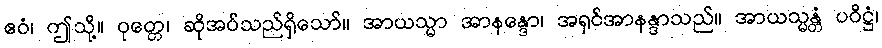
ဧဝံ၊ ဤသို့။ ဝုတ္တေ၊ ဆိုအပ်သည်ရှိသော်။ အာယသ္မာ အာနန္ဒော၊ အရှင်အာနန္ဒာသည်။ အာယသ္မန္တံ ပဝိဋ္ဌံ၊